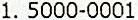
1. 5000-0001